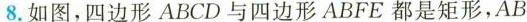
8.如图，四边形ABCD与四边形ABFE都是矩形，AB